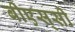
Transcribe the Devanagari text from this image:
बीएस्‌सी